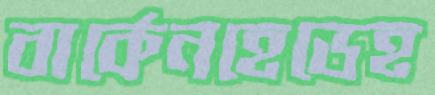
বার্কেনহেডেহ